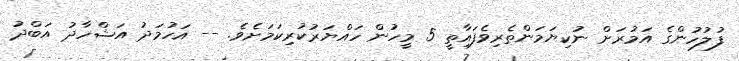
ފުލުހުންގެ އަމުރަށް ނުކިޔަމަންތެރިވެފައިާތީ 5 މީހުން ހައްޔަރުކުރިކަމަށެވެ. -- އަހުމަދު އަޝްހާދު އަބްދު